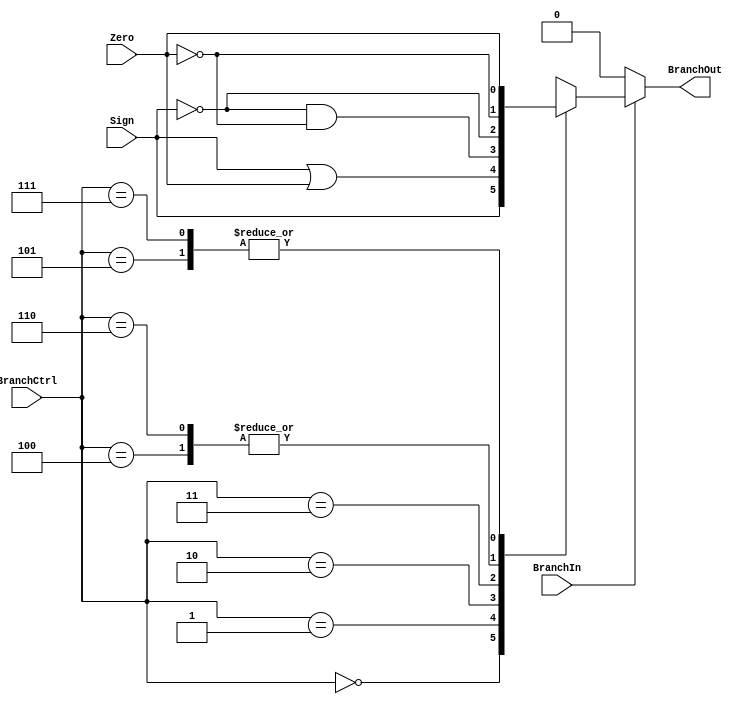
`timescale 1ns / 1ps
//////////////////////////////////////////////////////////////////////////////////
// Company: 
// Engineer: 
// 
// Design Name: 
// Module Name: BranchController
// Project Name: 
// Target Devices: 
// Tool Versions: 
// Description: 
// 
// Dependencies: 
// 
// Revision:
// Revision 0.01 - File Created
// Additional Comments:
// 
//////////////////////////////////////////////////////////////////////////////////


module BranchController(BranchIn, BranchCtrl, Zero, Sign, BranchOut);
    input [2:0] BranchCtrl;
    input BranchIn, Zero, Sign;
    output reg BranchOut;
    initial begin
        BranchOut <= 0;
    end
    always@(*) begin
        BranchOut <= 0;
        if(BranchIn) begin
            case(BranchCtrl)
                3'b000: begin //bltz
                    BranchOut <= Sign;
                end
                3'b001: begin //blez
                    BranchOut <= Sign | Zero;
                end
                3'b010: begin //bgtz
                    BranchOut <= ~Sign & ~Zero;
                end
                3'b011: begin //bgez
                    BranchOut <= ~Sign;
                end
                3'b100: begin //bne
                    BranchOut <= ~Zero;            
                end
                3'b101: begin //beq
                    BranchOut <= Zero;
                end
                3'b110: begin //bne
                    BranchOut <= ~Zero;                            
                end
                3'b111: begin //beq
                    BranchOut <= Zero;                            
                end
            endcase
        end
    end
endmodule